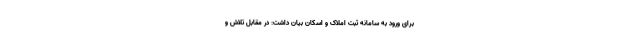
برای ورود به سامانه ثبت املاک و اسکان بیان داشت: در مقابل تلاش و